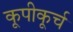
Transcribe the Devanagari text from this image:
कूपीकूर्च